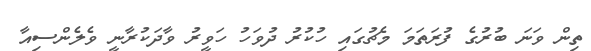
ތިން ވަނަ ބުރުގެ ފުރަތަމަ މެޗުގައި ހުކުރު ދުވަހު ހަވީރު ވާދަކުރާނީ ވެލެންސިއާ